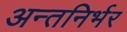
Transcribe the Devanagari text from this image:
अन्तनिर्भर